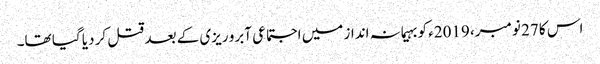
اس کا 27 نومبر، 2019ء کو بہیمانہ انداز میں اجتماعی آبرو ریزی کے بعد قتل کر دیا گیا تھا۔